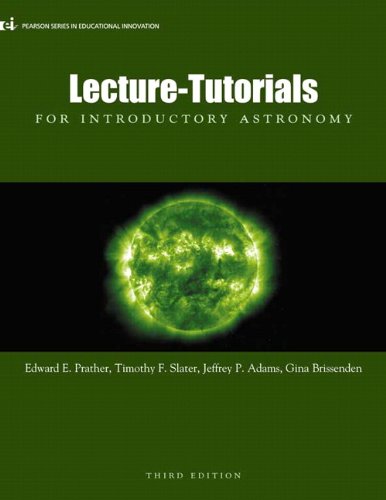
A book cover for Lecture-Tutorials for Introductory Astronomy, 3rd Edition; Edward E. Prather; Science & Math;